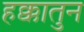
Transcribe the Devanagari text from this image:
हक्कातुन